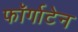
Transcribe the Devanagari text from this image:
फॉर्गाटेन